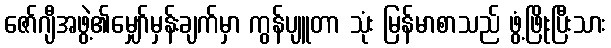
ဇော်ဂျီအဖွဲ့၏မျှော်မှန်းချက်မှာ ကွန်ပျူတာ သုံး မြန်မာစာသည် ဖွံ့ဖြိုးပြီးသား